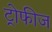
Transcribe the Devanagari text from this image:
ट्रोफीज